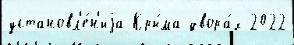
установл'е́н'иjа Кры́ма двора́х 2022